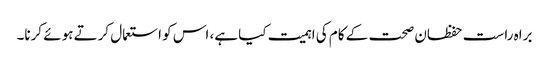
براہ راست حفظان صحت کے کام کی اہمیت کیا ہے، اس کو استعمال کرتے ہوئے کرنا۔